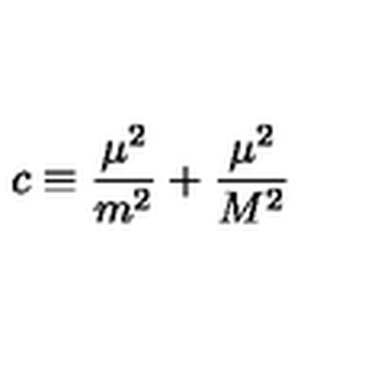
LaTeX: c \equiv \frac { \mu ^ { 2 } } { m ^ { 2 } } + \frac { \mu ^ { 2 } } { M ^ { 2 } }